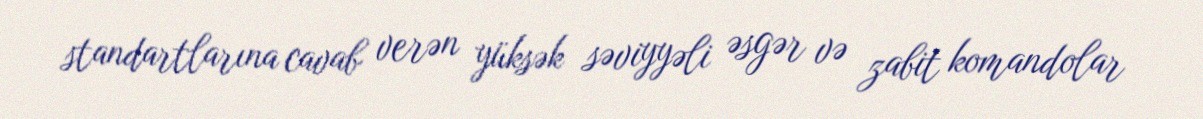
standartlarına cavab verən yüksək səviyyəli əsgər və zabit komandolar